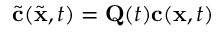
\tilde { \mathbf { c } } ( \tilde { \mathbf { x } } , t ) = \mathbf { Q } ( t ) \mathbf { c } ( \mathbf { x } , t )